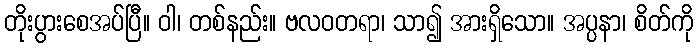
တိုးပွားစေအပ်ပြီ။ ဝါ၊ တစ်နည်း။ ဗလဝတရာ၊ သာ၍ အားရှိသော။ အပ္ပနာ၊ စိတ်ကို